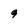
Character: 9